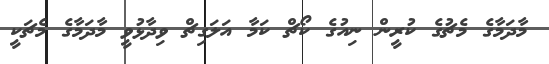
މާދަމާގެ މެޗުގެ ކުރީން ނިއުގެ ކޯޗް ކަމާ އަލަގިޗް ވިދާޅުވީ މާދަމާގެ މެޗަކީ